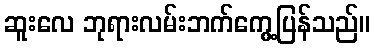
ဆူးလေ ဘုရားလမ်းဘက်ကွေ့ပြန်သည်။